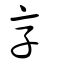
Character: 享